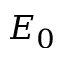
E _ { 0 }